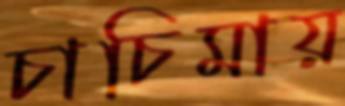
চাচিমায়